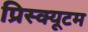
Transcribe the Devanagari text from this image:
प्रिस्क्यूटम